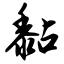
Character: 黏